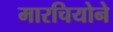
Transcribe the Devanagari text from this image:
मारचियोने